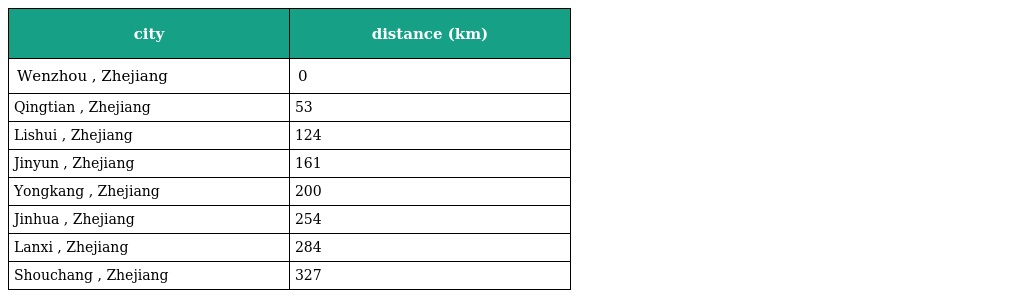
| city | distance (km) |
 | --- | --- |
 | Wenzhou , Zhejiang | 0 |
 | Qingtian , Zhejiang | 53 |
 | Lishui , Zhejiang | 124 |
 | Jinyun , Zhejiang | 161 |
 | Yongkang , Zhejiang | 200 |
 | Jinhua , Zhejiang | 254 |
 | Lanxi , Zhejiang | 284 |
 | Shouchang , Zhejiang | 327 |